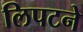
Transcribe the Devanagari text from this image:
लिपटने